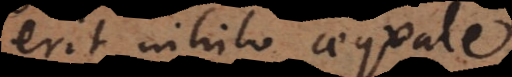
erit nihilo aequale).